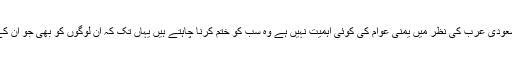
ان کا کہنا تھا کہ سعودی عرب کی نظر میں یمنی عوام کی کوئی اہمیت نہیں ہے وہ سب کو ختم کرنا چاہتے ہیں یہاں تک کہ ان لوگوں کو بھی جو ان کے مخالف نہیں ہیں۔